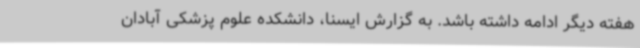
هفته دیگر ادامه داشته باشد. به گزارش ایسنا، دانشکده علوم پزشکی آبادان